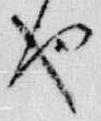
也